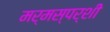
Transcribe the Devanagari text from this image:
मर्मस्‍पर्शी